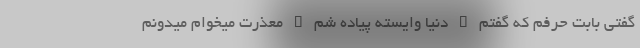
گفتى بابت حرفم که گفتم " دنیا وایسته پیاده شم " معذرت میخوام میدونم